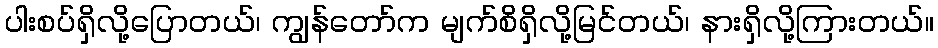
ပါးစပ်ရှိလို့ပြောတယ်၊ ကျွန်တော်က မျက်စိရှိလို့မြင်တယ်၊ နားရှိလို့ကြားတယ်။